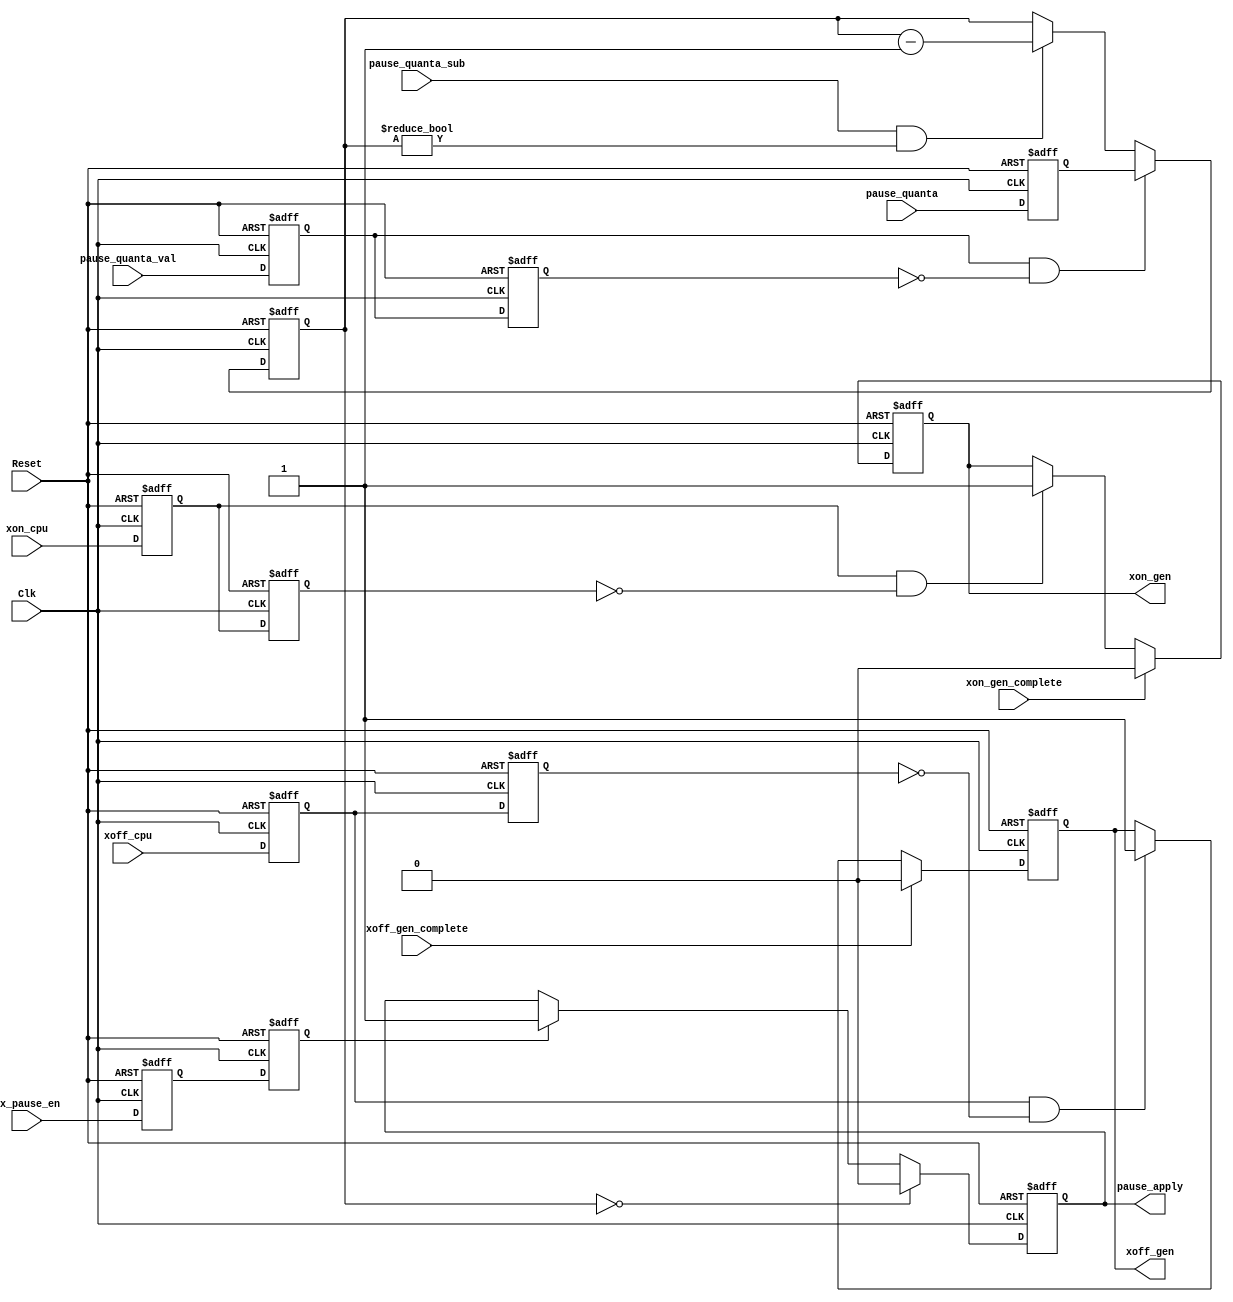
module flow_ctrl 
(
Reset               ,
Clk                 ,
//host processor    ,
tx_pause_en         ,
xoff_cpu            ,
xon_cpu             ,
//MAC_rx_flow       ,
pause_quanta        ,
pause_quanta_val    ,
//MAC_tx_ctrl       ,
pause_apply         ,
pause_quanta_sub    ,
xoff_gen            ,
xoff_gen_complete   ,
xon_gen             ,
xon_gen_complete    

);

input           Reset               ;
input           Clk                 ;
                //host processor    ;
input           tx_pause_en         ;
input           xoff_cpu            ;
input           xon_cpu             ;
                //MAC_rx_flow       ;
input   [15:0]  pause_quanta        ;
input           pause_quanta_val    ;
                //MAC_tx_ctrl       ;
output          pause_apply         ;
input           pause_quanta_sub    ;
output          xoff_gen            ;
input           xoff_gen_complete   ;
output          xon_gen             ;
input           xon_gen_complete    ;
  
//******************************************************************************
//internal signals                                                              
//******************************************************************************  
reg             xoff_cpu_dl1            ;
reg             xoff_cpu_dl2            ;
reg             xon_cpu_dl1             ;   
reg             xon_cpu_dl2             ;
reg [15:0]      pause_quanta_dl1        ;
reg             pause_quanta_val_dl1    ;
reg             pause_quanta_val_dl2    ;       
reg             pause_apply             ;
reg             xoff_gen                ;
reg             xon_gen                 ;
reg [15:0]      pause_quanta_counter    ;
reg             tx_pause_en_dl1         ;
reg             tx_pause_en_dl2         ;
//******************************************************************************  
//boundery signal processing                                                               
//******************************************************************************
always @ (posedge Clk or posedge Reset)
    if (Reset)
        begin
        xoff_cpu_dl1        <=0;
        xoff_cpu_dl2        <=0;
        end
    else
        begin
        xoff_cpu_dl1        <=xoff_cpu;
        xoff_cpu_dl2        <=xoff_cpu_dl1;
        end

always @ (posedge Clk or posedge Reset)
    if (Reset)
        begin
        xon_cpu_dl1     <=0;
        xon_cpu_dl2     <=0;
        end
    else
        begin
        xon_cpu_dl1     <=xon_cpu;
        xon_cpu_dl2     <=xon_cpu_dl1;
        end     
        
always @ (posedge Clk or posedge Reset)
    if (Reset)
        begin
        pause_quanta_dl1        <=16'd0;
        end
    else
        begin
        pause_quanta_dl1        <=pause_quanta;
        end  
       
always @ (posedge Clk or posedge Reset)
    if (Reset)
        begin
        pause_quanta_val_dl1    <=0;
        pause_quanta_val_dl2    <=0;
        end
    else
        begin
        pause_quanta_val_dl1    <=pause_quanta_val;
        pause_quanta_val_dl2    <=pause_quanta_val_dl1;
        end                      
        
always @ (posedge Clk or posedge Reset)
    if (Reset)
        begin           
        tx_pause_en_dl1     <=0;
        tx_pause_en_dl2     <=0; 
        end
    else
        begin           
        tx_pause_en_dl1     <=tx_pause_en;
        tx_pause_en_dl2     <=tx_pause_en_dl1; 
        end     

//******************************************************************************        
//gen output signals                                                            
//******************************************************************************
always @ (posedge Clk or posedge Reset)
    if (Reset)
        xoff_gen        <=0;
    else if (xoff_gen_complete)
        xoff_gen        <=0;
    else if (xoff_cpu_dl1&&!xoff_cpu_dl2)
        xoff_gen        <=1;

always @ (posedge Clk or posedge Reset)
    if (Reset)
        xon_gen     <=0;
    else if (xon_gen_complete)
        xon_gen     <=0;
    else if (xon_cpu_dl1&&!xon_cpu_dl2)
        xon_gen     <=1;                     

always @ (posedge Clk or posedge Reset)
    if (Reset)
        pause_quanta_counter    <=16'd0;
    else if(pause_quanta_val_dl1&&!pause_quanta_val_dl2)
        pause_quanta_counter    <=pause_quanta_dl1; 
    else if(pause_quanta_sub&&pause_quanta_counter!=16'd0)
        pause_quanta_counter    <=pause_quanta_counter-16'd1;
        
always @ (posedge Clk or posedge Reset)
    if (Reset)
        pause_apply     <=0;
    else if(pause_quanta_counter==16'd0)
        pause_apply     <=0;
    else if (tx_pause_en_dl2)
        pause_apply     <=1;
        
endmodule